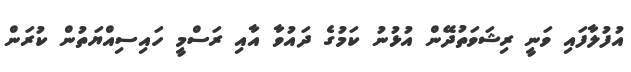
އުފުލާފައި ވަނީ ރިޝަވަތުދޭން އުޅުނު ކަމުގެ ދައުވާ އާއި ރަސްމީ ހައިސިއްޔަތުން ކުރަން